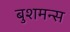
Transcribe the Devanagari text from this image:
बुशमन्स